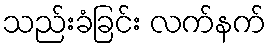
သည်းခံခြင်း လက်နက်